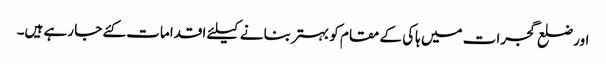
اور ضلع گجرات میں ہاکی کے مقام کو بہتر بنانے کیلئے اقدامات کئے جا رہے ہیں۔